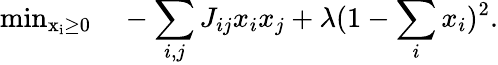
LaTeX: \mathrm{min_{x_{i}\ge 0}}\quad-\sum_{i,j}J_{ij}x_{i}x_{j}+\lambda(1-\sum_{i}x_{i})^{2}.